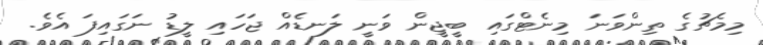
މިމެޗުގެ ތިންވަނަ މިނެޓްގައި ބީޖީން ވަނީ ލަނޑެއް ޖަހައި ލީޑު ނަގައިފަ އެވެ.